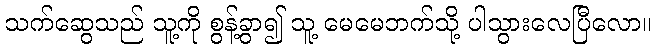
သက်ဆွေသည် သူ့ကို စွန့်ခွာ၍ သူ့ မေမေဘက်သို့ ပါသွားလေပြီလော။